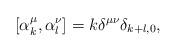
LaTeX: \begin{align*}\left[ \alpha _{k}^{\mu },\alpha _{l}^{\nu }\right] =k\delta ^{\mu \nu}\delta _{k+l,0},\end{align*}